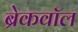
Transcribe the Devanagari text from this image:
ब्रेकवॉल